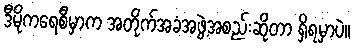
ဒီမိုကရေစီမှာက အတိုက်အခံအဖွဲ့အစည်းဆိုတာ ရှိရမှာပဲ။